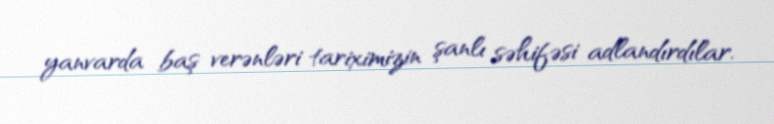
yanvarda baş verənləri tariximizin şanlı səhifəsi adlandırdılar.